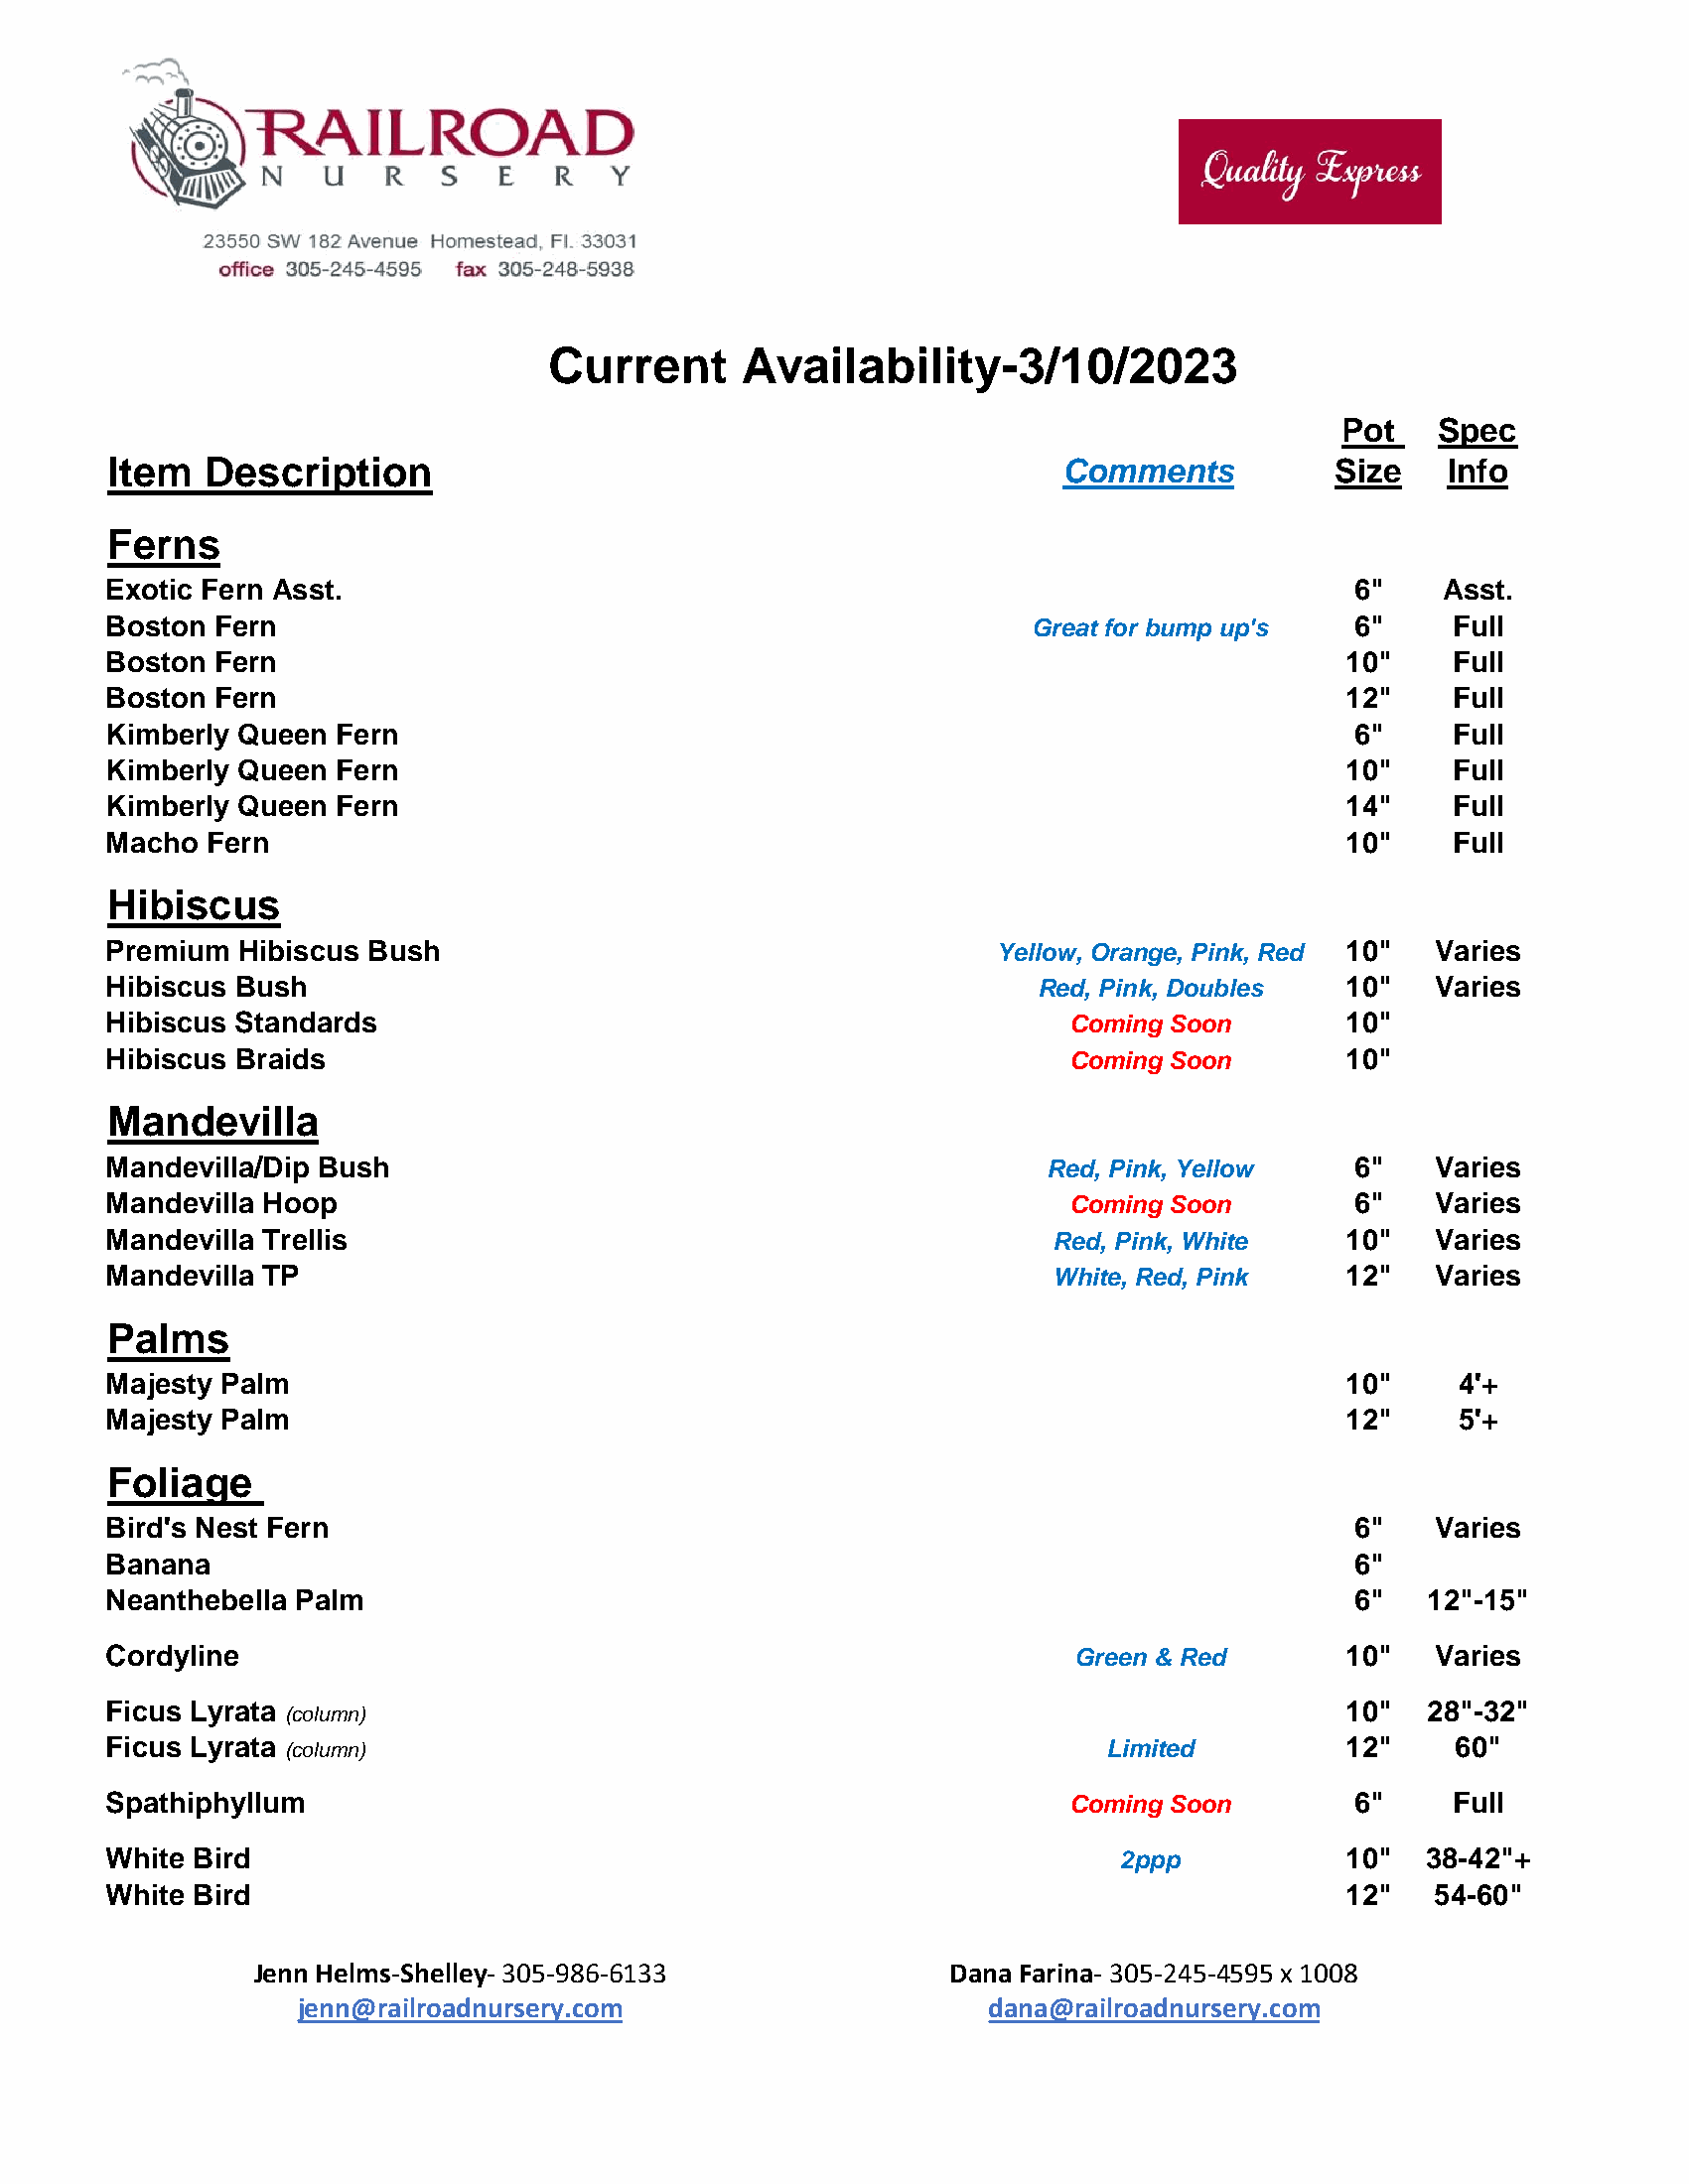
Current     Availability-3/10/2023
 Pot    Spec
 Item   Description                                              Comments          Size   Info
 Ferns
 Exotic Fern Asst.                                                                  6"    Asst.
 Boston Fern                                                   Great for bump up's  6"     Full
 Boston Fern                                                                        10"    Full
 Boston Fern                                                                        12"    Full
 Kimberly Queen Fern                                                                6"     Full
 Kimberly Queen Fern                                                                10"    Full
 Kimberly Queen Fern                                                                14"    Full
 Macho  Fern                                                                        10"    Full
 Hibiscus
 Premium  Hibiscus Bush                                     Yellow, Orange, Pink, Red 10" Varies
 Hibiscus Bush                                                 Red, Pink, Doubles   10"   Varies
 Hibiscus Standards                                              Coming Soon        10"
 Hibiscus Braids                                                 Coming Soon        10"
 Mandevilla
 Mandevilla/Dip Bush                                            Red, Pink, Yellow   6"    Varies
 Mandevilla Hoop                                                 Coming Soon        6"    Varies
 Mandevilla Trellis                                             Red, Pink, White    10"   Varies
 Mandevilla TP                                                  White, Red, Pink    12"   Varies
 Palms
 Majesty Palm                                                                       10"    4'+
 Majesty Palm                                                                       12"    5'+
 Foliage
 Bird's Nest Fern                                                                   6"    Varies
 Banana                                                                             6"
 Neanthebella Palm                                                                  6"   12"-15"
 Cordyline                                                        Green & Red       10"   Varies
 Ficus Lyrata                                                                       10"  28"-32"
 (column)
 Ficus Lyrata (column)                                              Limited         12"    60"
 Spathiphyllum                                                   Coming Soon        6"     Full
 White Bird                                                          2ppp           10"  38-42"+
 White Bird                                                                         12"   54-60"
 Jenn Helms-Shelley-305-986-6133               Dana Farina- 305-245-4595 x 1008
 jenn@railroadnursery.com                      dana@railroadnursery.com